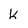
Character: k